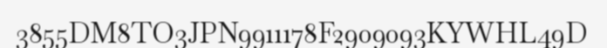
3855DM8TO3JPN9911178F2909093KYWHL49D